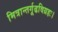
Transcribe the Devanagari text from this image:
मित्रान्तर्गूढविग्रहः।